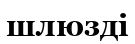
шлюзді